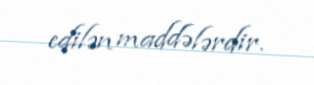
edilən maddələrdir.